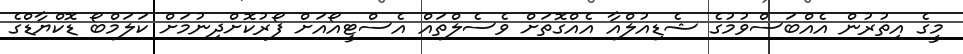
މީގެ އިތުރުން އެއްބަސްވުމުގެ ޝެޑިއުލްއާ އެއްގޮތަށް ވެސެލްތައް އެސްޓީއޯއަށް ފޯރުކޮށްދިނުމަށް ކަލަމްބޯ ޑޮކްޔާޑްގެ